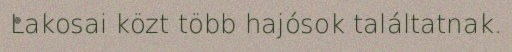
Lakosai közt több hajósok találtatnak.